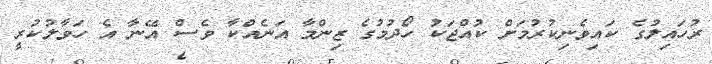
ރުހައިލުގެ ކައިވެނިކުރުމަށް ކުއްޖަކު ހޯދުމުގެ ޒިންމާ އަނެއްކާ ވެސް އޭނާ އެ ހަވާލުކުރީ